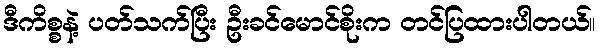
ဒီကိစ္စနဲ့ ပတ်သက်ပြီး ဦးခင်မောင်စိုးက တင်ပြထားပါတယ်။